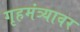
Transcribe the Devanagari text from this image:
गृहमंत्र्यावर